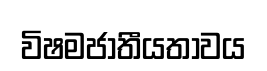
විෂමජාතීයතාවය